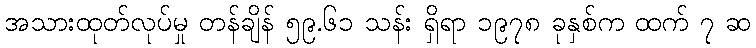
အသားထုတ်လုပ်မှု တန်ချိန် ၅၉.၆၁ သန်း ရှိရာ ၁၉၇၈ ခုနှစ်က ထက် ၇ ဆ